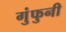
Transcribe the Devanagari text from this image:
गुंफुनी